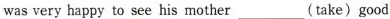
wasvery happy to see his mother___(take) good